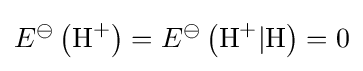
E^{\ominus }\left({\ce {H+}}\right)=E^{\ominus }\left({\ce {H+}}\vert {\ce {H}}\right)=0